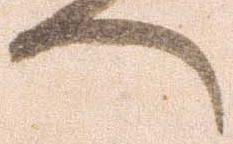
へ